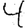
Digit: 4